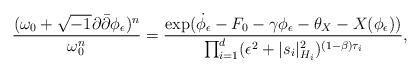
LaTeX: \begin{align*}\frac{(\omega_0+\sqrt{-1}\partial \bar{\partial} \phi_{\epsilon})^n}{\omega_0^n}=\frac{\exp(\dot{\phi_{\epsilon}}-F_0-\gamma \phi_{\epsilon}-\theta_X-X(\phi_{\epsilon}))}{\prod_{i=1}^d(\epsilon^2+|s_i|_{H_i}^2)^{(1-\beta)\tau_i}},\end{align*}